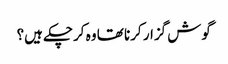
گوش گزار کرنا تھا وہ کرچکے ہیں؟